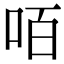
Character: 咟